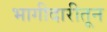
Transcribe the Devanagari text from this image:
भागीदारीतून